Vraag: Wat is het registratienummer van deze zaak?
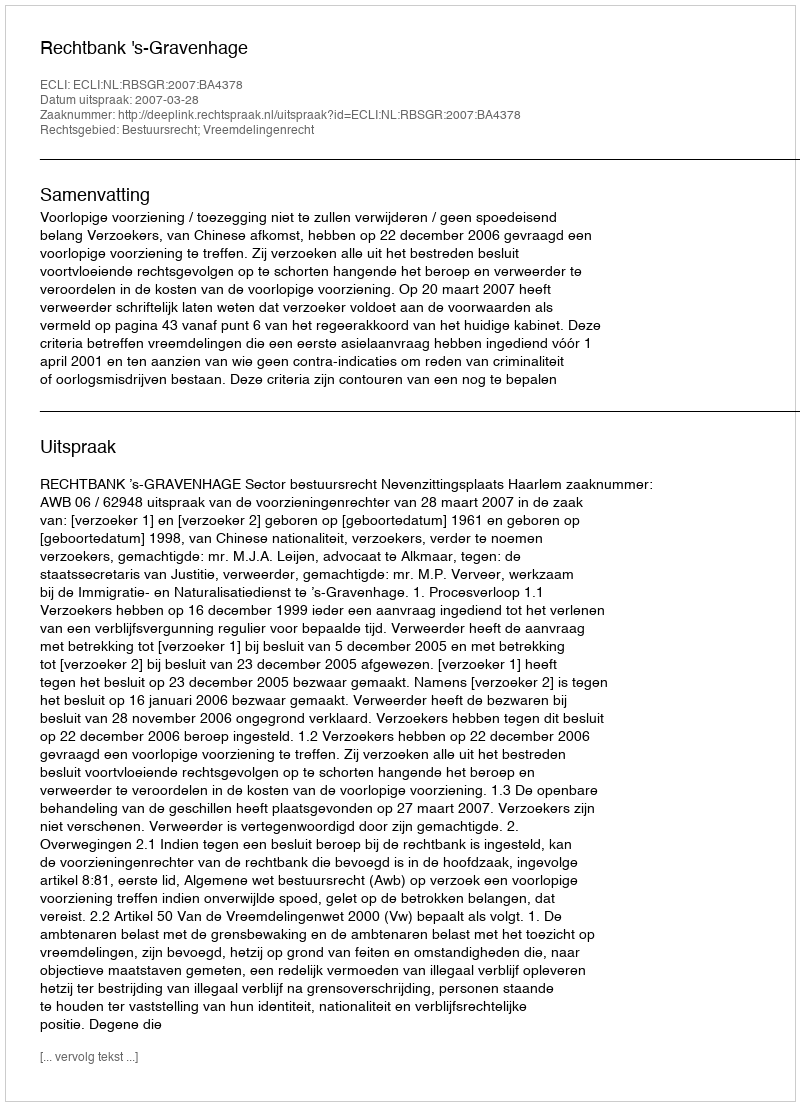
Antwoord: http://deeplink.rechtspraak.nl/uitspraak?id=ECLI:NL:RBSGR:2007:BA4378